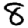
Digit: 8